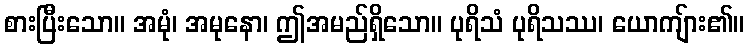
စားပြီးသော။ အမုံ၊ အမုနော၊ ဤအမည်ရှိသော။ ပုရိသံ ပုရိသဿ၊ ယောကျ်ား၏။